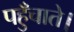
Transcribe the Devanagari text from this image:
पहुँचाते।